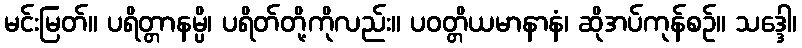
မင်းမြတ်။ ပရိတ္တာနမ္ပိ၊ ပရိတ်တို့ကိုလည်း။ ပဝတ္တိယမာနာနံ၊ ဆိုအပ်ကုန်စဉ်။ သဒ္ဒေါ၊